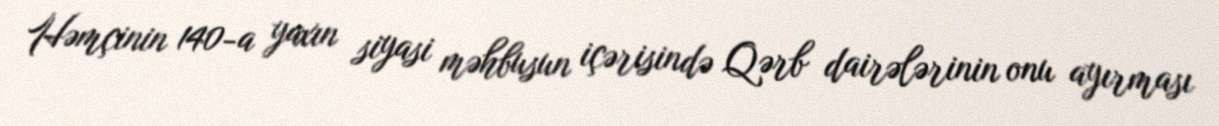
Həmçinin 140-a yaxın siyasi məhbusun içərisində Qərb dairələrinin onu ayırması